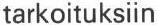
tarkoituksiin